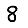
Digit: 8